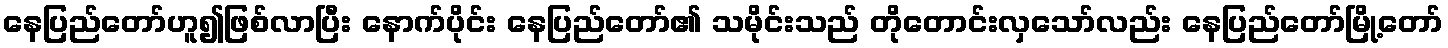
နေပြည်တော်ဟူ၍ဖြစ်လာပြီး နောက်ပိုင်း နေပြည်တော်၏ သမိုင်းသည် တိုတောင်းလှသော်လည်း နေပြည်တော်မြို့တော်